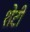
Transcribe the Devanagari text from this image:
शेटी